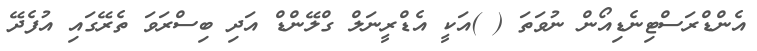
އެންޑްރަސްޓިނެޑިއޯން ނުވަތަ ( )އަކީ އެޑްރީނަލް ގްލޭންޑް އަދި ބިސްރަވަ ތެރޭގައި އުފެދޭ